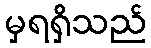
မှရရှိသည်